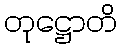
တုဋ္ဌောတိ